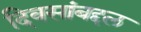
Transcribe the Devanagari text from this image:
दिवसांबद्दल